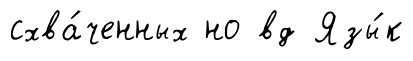
схва́ченных но вд Язы́к